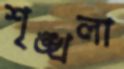
শৃঙ্খলা